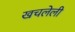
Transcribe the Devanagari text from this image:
खचलेली